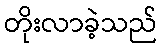
တိုးလာခဲ့သည်